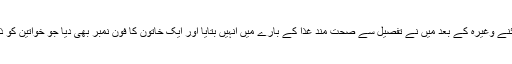
ہسٹری اور معائنے وغیرہ کے بعد میں نے تفصیل سے صحت مند غذا کے بارے میں انہیں بتایا اور ایک خاتون کا فون نمبر بھی دیا جو خواتین کو ذومبا کراتی ہیں۔